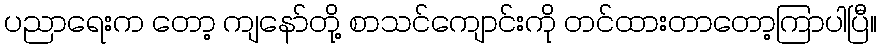
ပညာရေးက တော့ ကျနော်တို့ စာသင်ကျောင်းကို တင်ထားတာတော့ကြာပါပြီ။